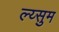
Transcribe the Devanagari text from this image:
ल्य्सुम